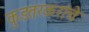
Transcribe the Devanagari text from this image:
कुडतरकरांचे